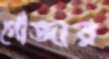
গোঁজার